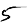
Digit: 5